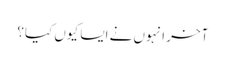
آخر انہوں نے ایسا کیوں کیا؟